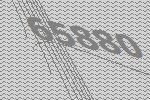
65880